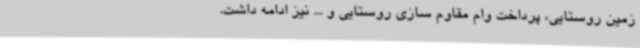
زمین روستایی، پرداخت وام مقاوم سازی روستایی و ... نیز ادامه داشت.